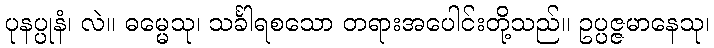
ပုနပ္ပုနံ၊ လဲ။ ဓမ္မေသု၊ သင်္ခါရစသော တရားအပေါင်းတို့သည်။ ဥပ္ပဇ္ဇမာနေသု၊